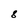
Character: 8